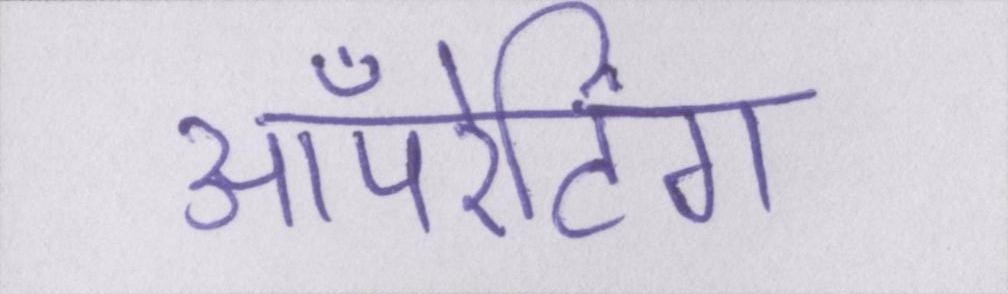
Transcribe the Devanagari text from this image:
ऑपरेटिंग